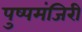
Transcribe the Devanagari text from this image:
पुष्पमंजिरी